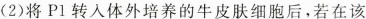
(2)将Pl转入体外培养的牛皮肤细胞后，若在该